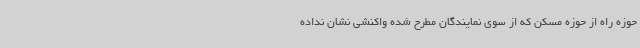
حوزه راه از حوزه مسکن که از سوی نمایندگان مطرح شده واکنشی نشان نداده